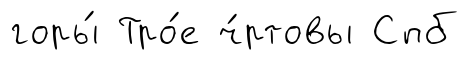
горы́ Тро́е ч́ртовы Спб